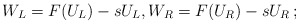
\begin{align*}W_L=F(U_L)-sU_L, W_R=F(U_R)-sU_R\,;\end{align*}